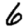
Digit: 6